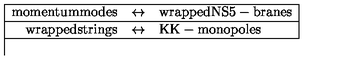
\begin{array} { | r c l | } \hline { \mathrm { m o m e n t u m m o d e s } } & { \leftrightarrow } & { \mathrm { w r a p p e d N S 5 - b r a n e s } } \\ \hline { \mathrm { w r a p p e d s t r i n g s } } & { \leftrightarrow } & { \mathrm { K K - m o n o p o l e s } } \\ \hline { } \\ \end{array}